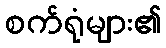
စက်ရုံများ၏